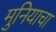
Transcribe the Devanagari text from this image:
मुनियाचा